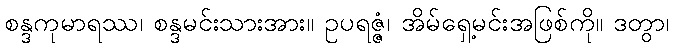
စန္ဒကုမာရဿ၊ စန္ဒမင်းသားအား။ ဥပရဇ္ဇံ၊ အိမ်ရှေ့မင်းအဖြစ်ကို။ ဒတွာ၊